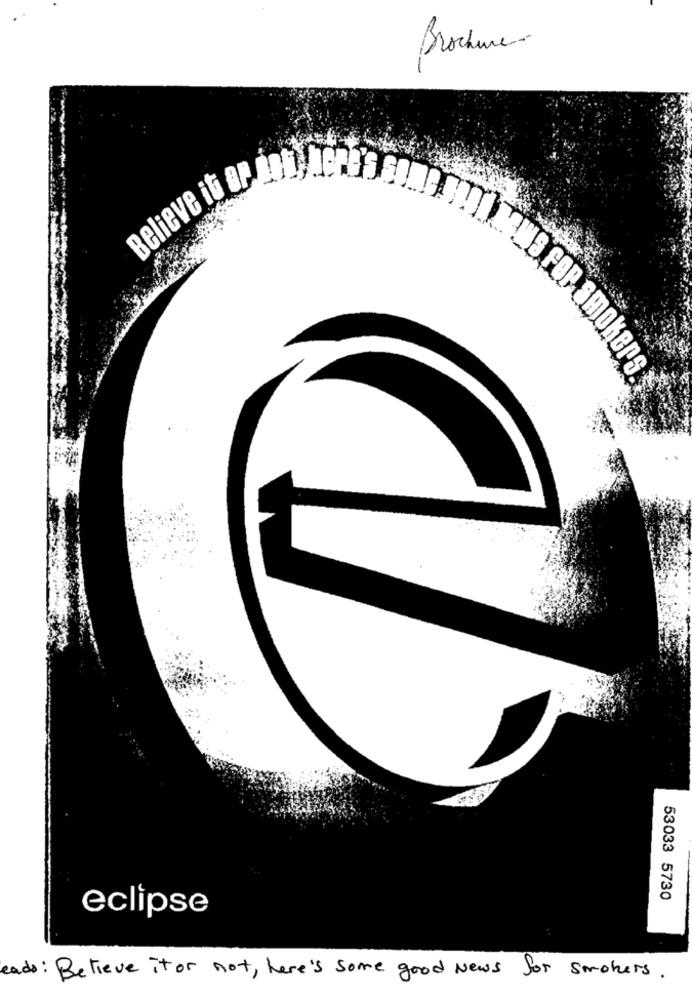
Brochure-
Believe is ar moyenas som
WE FOR SMOKERS.
53033 5730
eclipse
eads: Believe it or not, here's some good News for smokers.